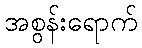
အစွန်းရောက်